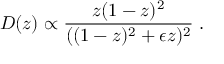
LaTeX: D ( z ) \propto \frac { z ( 1 - z ) ^ { 2 } } { ( ( 1 - z ) ^ { 2 } + \epsilon z ) ^ { 2 } } \; .